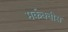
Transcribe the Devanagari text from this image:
मर्कक्वीस